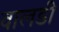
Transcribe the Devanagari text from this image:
वालडी